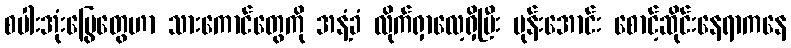
စပါးအုံးမြွေတွေဟာ သားကောင်တွေကို အနံ့ခံ လိုက်ရှာလေ့ရှိပြီး ပုန်းအောင်း စောင့်ဆိုင်းနေရာကနေ